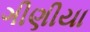
ગીણીયા